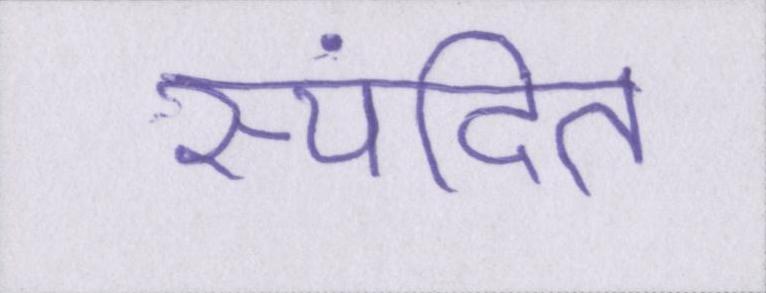
स्पंदित